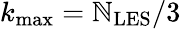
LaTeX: {{k_{\operatorname*{max}}}=\mathbb{N}_{\mathrm{{{LES}}}}/3}